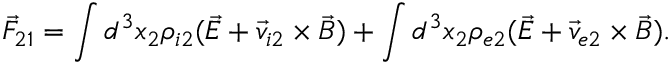
\vec { F } _ { 2 1 } = \int d ^ { 3 } x _ { 2 } \rho _ { i 2 } ( \vec { E } + \vec { v } _ { i 2 } \times \vec { B } ) + \int d ^ { 3 } x _ { 2 } \rho _ { e 2 } ( \vec { E } + \vec { v } _ { e 2 } \times \vec { B } ) .